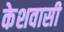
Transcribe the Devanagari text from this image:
केशवासी